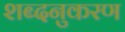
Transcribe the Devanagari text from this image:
शब्दनुकरण